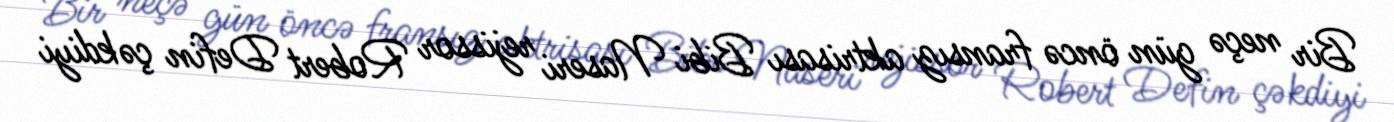
Bir neçə gün öncə fransız aktrisası Bibi Naseri rejissor Robert Defin çəkdiyi